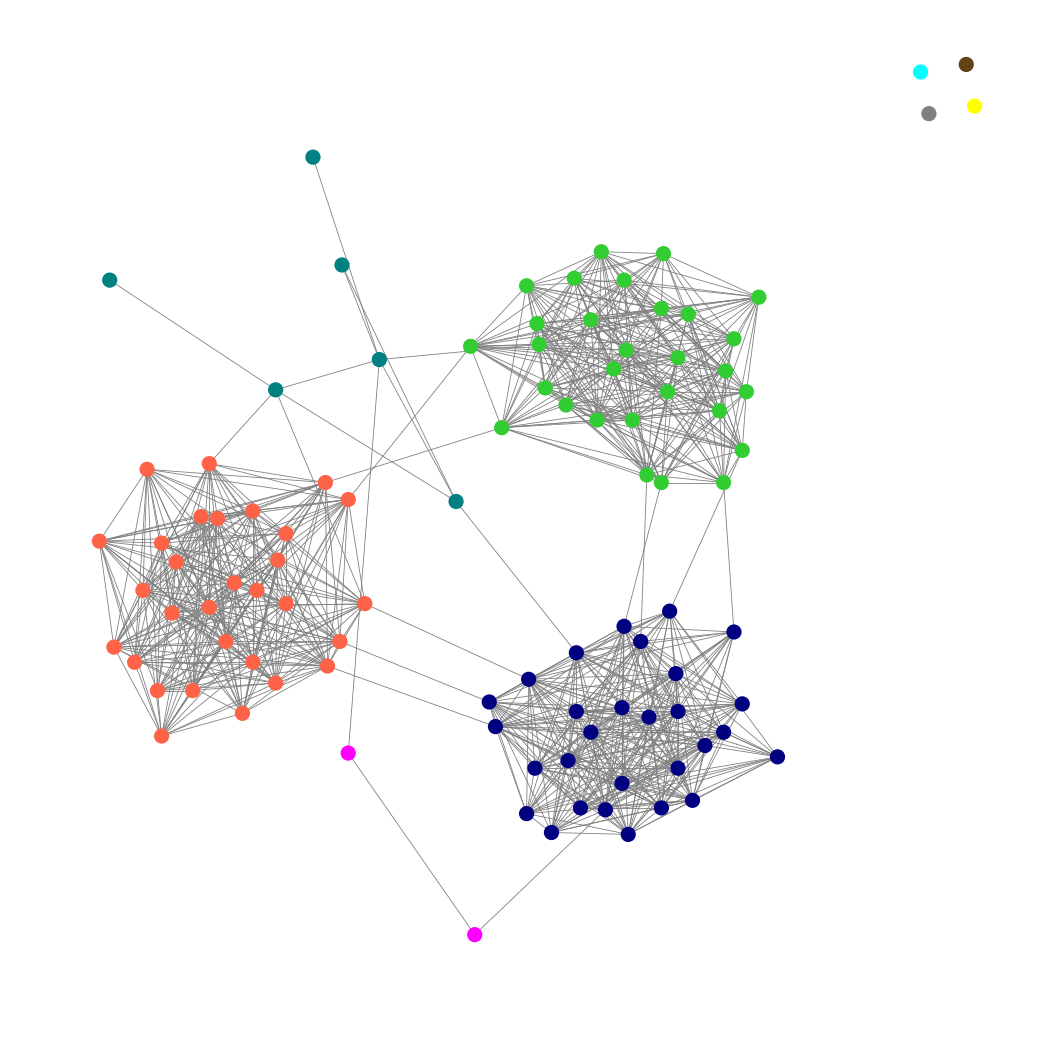
Graph connected: No
Number of connected components: 5
Number of singletons: 4
Total number of nodes: 100
Total number of edges: 896
Number of communities: 9
Community sizes:
Aqua: 1
Fuchsia: 2
Gray: 1
Lime Green: 29
Navy: 29
Pullman Brown: 1
Teal: 6
Tomato: 30
Yellow: 1
Graph layout: tda
Graph generation method: erdos_renyi